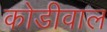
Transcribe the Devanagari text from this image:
कोडीवाल